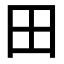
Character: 田